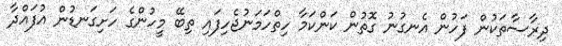
ދިރާސާތަކުން ފަހުން އެނގުނު ގޮތުން ކަންކަމާ ހިތްހަމަނުޖެހިފައި ތިބޭ މީހުންގެ ހަށިގަނޑުން އުފައްދާ